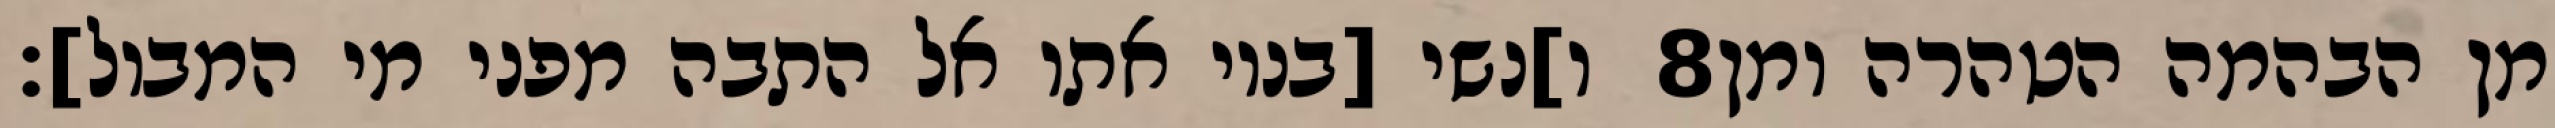
ו]נשי [בניו אתו אל התבה מפני מי המבול]׃ ‎8‏ מן הבהמה הטהרה ומן